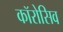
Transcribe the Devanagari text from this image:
कॉरोसिव